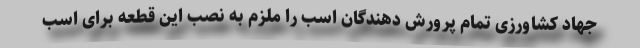
جهاد کشاورزی تمام پرورش دهندگان اسب را ملزم به نصب این قطعه برای اسب